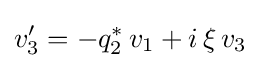
v_{3}'=-q_{2}^{*}\,v_{1}+i\,\xi \,v_{3}